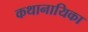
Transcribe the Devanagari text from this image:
कथानायिका